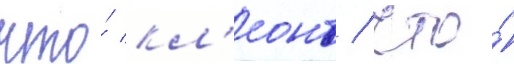
что́ кл'еонт / что́